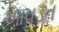
આવડત